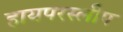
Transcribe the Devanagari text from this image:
हायपरस्लीप